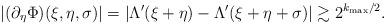
LaTeX: \begin{align*} |(\partial_\eta\Phi)(\xi,\eta,\sigma)| = |\Lambda'(\xi+\eta) - \Lambda'(\xi+\eta+\sigma)| \gtrsim 2^{k_{\max}/2}.\end{align*}